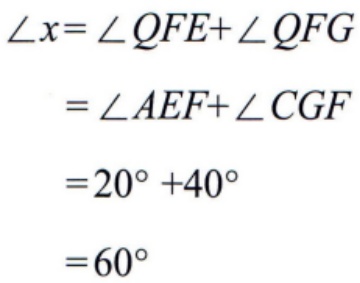
\[
\begin{align*}
\angle x&=\angle QFE + \angle QFG\\
&=\angle AEF+\angle CGF\\
&=20^{\circ}+40^{\circ}\\
&=60^{\circ}
\end{align*}
\]